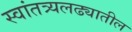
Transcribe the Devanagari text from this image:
स्वांतत्र्यलढ्यातील